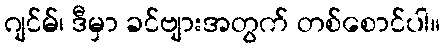
ဂျင်မ်၊ ဒီမှာ ခင်ဗျားအတွက် တစ်စောင်ပါ။